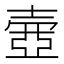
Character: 𡔳